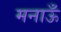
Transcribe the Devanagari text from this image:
मनाऊँ